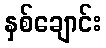
နှစ်ချောင်း